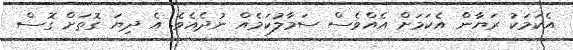
އެކަމަކު ރަޔާން އެކަމަށް އެއްވެސް ސަމާލުކަމެއް ނުދެއެވެ. އެ ދިޔަ ގޮތަށް ގޮސް